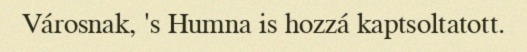
Városnak, 's Humna is hozzá kaptsoltatott.